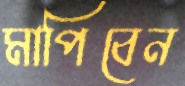
মাপিবেন